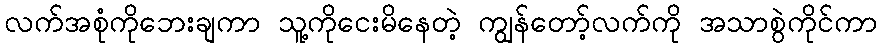
လက်အစုံကိုဘေးချကာ သူ့ကိုငေးမိနေတဲ့ ကျွန်တော့်လက်ကို အသာစွဲကိုင်ကာ